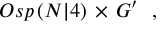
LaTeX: \begin{array} { c c c } { { O s p \left( N \vert 4 \right) \, \times \, G ^ { \prime } } } \end{array} \, ,